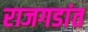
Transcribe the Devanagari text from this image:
राजगडांत